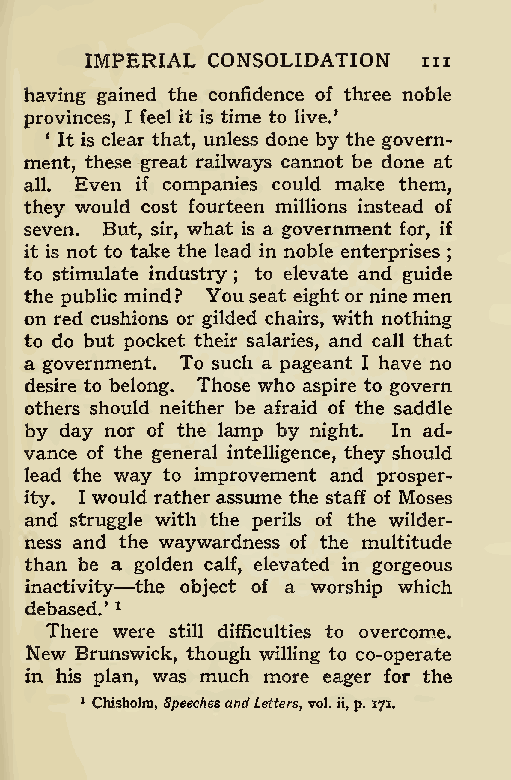
IMPERIAL CONSOLIDATION hi
 having gained the confidence of three noble
 provinces, I feel it is time to live.’
 4 It is clear that, unless done by the govern-
 ment, these great railways cannot be done at
 all. Even if companies could make them,
 they would cost fourteen millions instead of
 seven. But, sir, what is a government for, if
 it is not to take the lead in noble enterprises
 ;
 to stimulate industry to elevate and guide
 the public mind? You; seat eight orninemen
 on red cushions or gilded chairs, with nothing
 to do but pocket their salaries, and call that
 a government. To such a pageant I have no
 desire to belong. Those who aspire to govern
 others should neither be afraid of the saddle
 by day nor of the lamp by night. In ad-
 vance of the general intelligence, they should
 lead the way to improvement and prosper-
 ity. I would rather assume the staff of Moses
 and struggle with the perils of the wilder-
 ness and the waywardness of the multitude
 than be a —golden calf, elevated in gorgeous
 inactivity the object of a worship which
 debased.’ 1
 There were still difficulties to overcome.
 New Brunswick, though willing to co-operate
 in his plan, was much more eager for the
 1 Chisholm, SpeechesandLetters, vol. ii,p. 171.